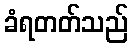
ခံရတတ်သည်